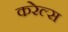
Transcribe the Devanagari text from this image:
करेल्स